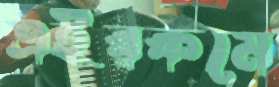
এইরকমে